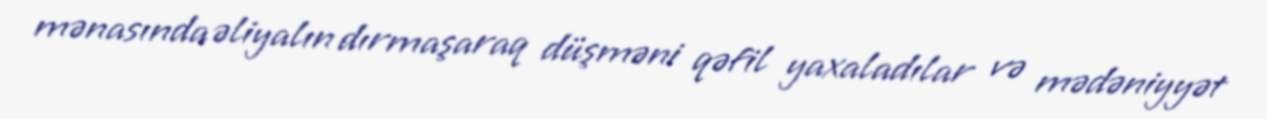
mənasında əliyalın dırmaşaraq düşməni qəfil yaxaladılar və mədəniyyət